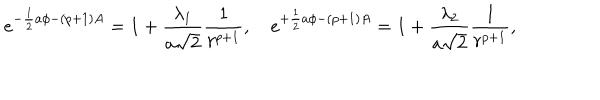
LaTeX: e ^ { - { \frac { 1 } { 2 } } a \phi - ( p + 1 ) A } = 1 + { \frac { \lambda _ { 1 } } { a \sqrt { 2 } } } { \frac { 1 } { r ^ { p + 1 } } } , e ^ { + { \frac { 1 } { 2 } } a \phi - ( p + 1 ) A } = 1 + { \frac { \lambda _ { 2 } } { a \sqrt { 2 } } } { \frac { 1 } { r ^ { p + 1 } } } ,